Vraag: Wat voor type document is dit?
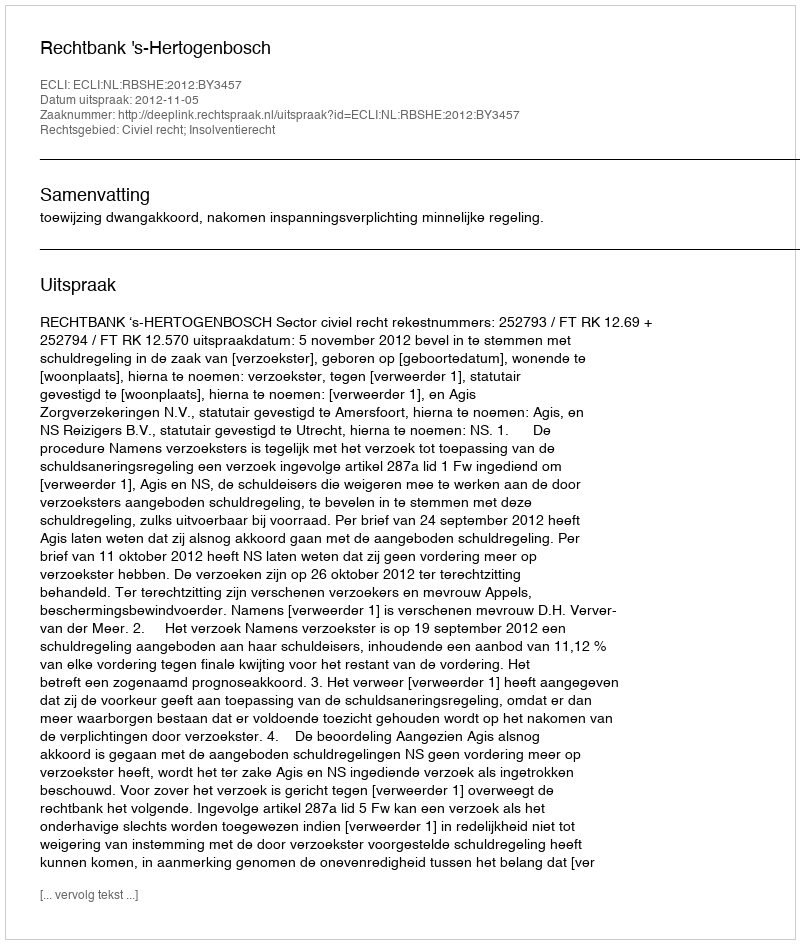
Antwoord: Uitspraak